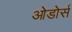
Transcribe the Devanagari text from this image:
ओडोर्स